Riigikantselei, lk 129
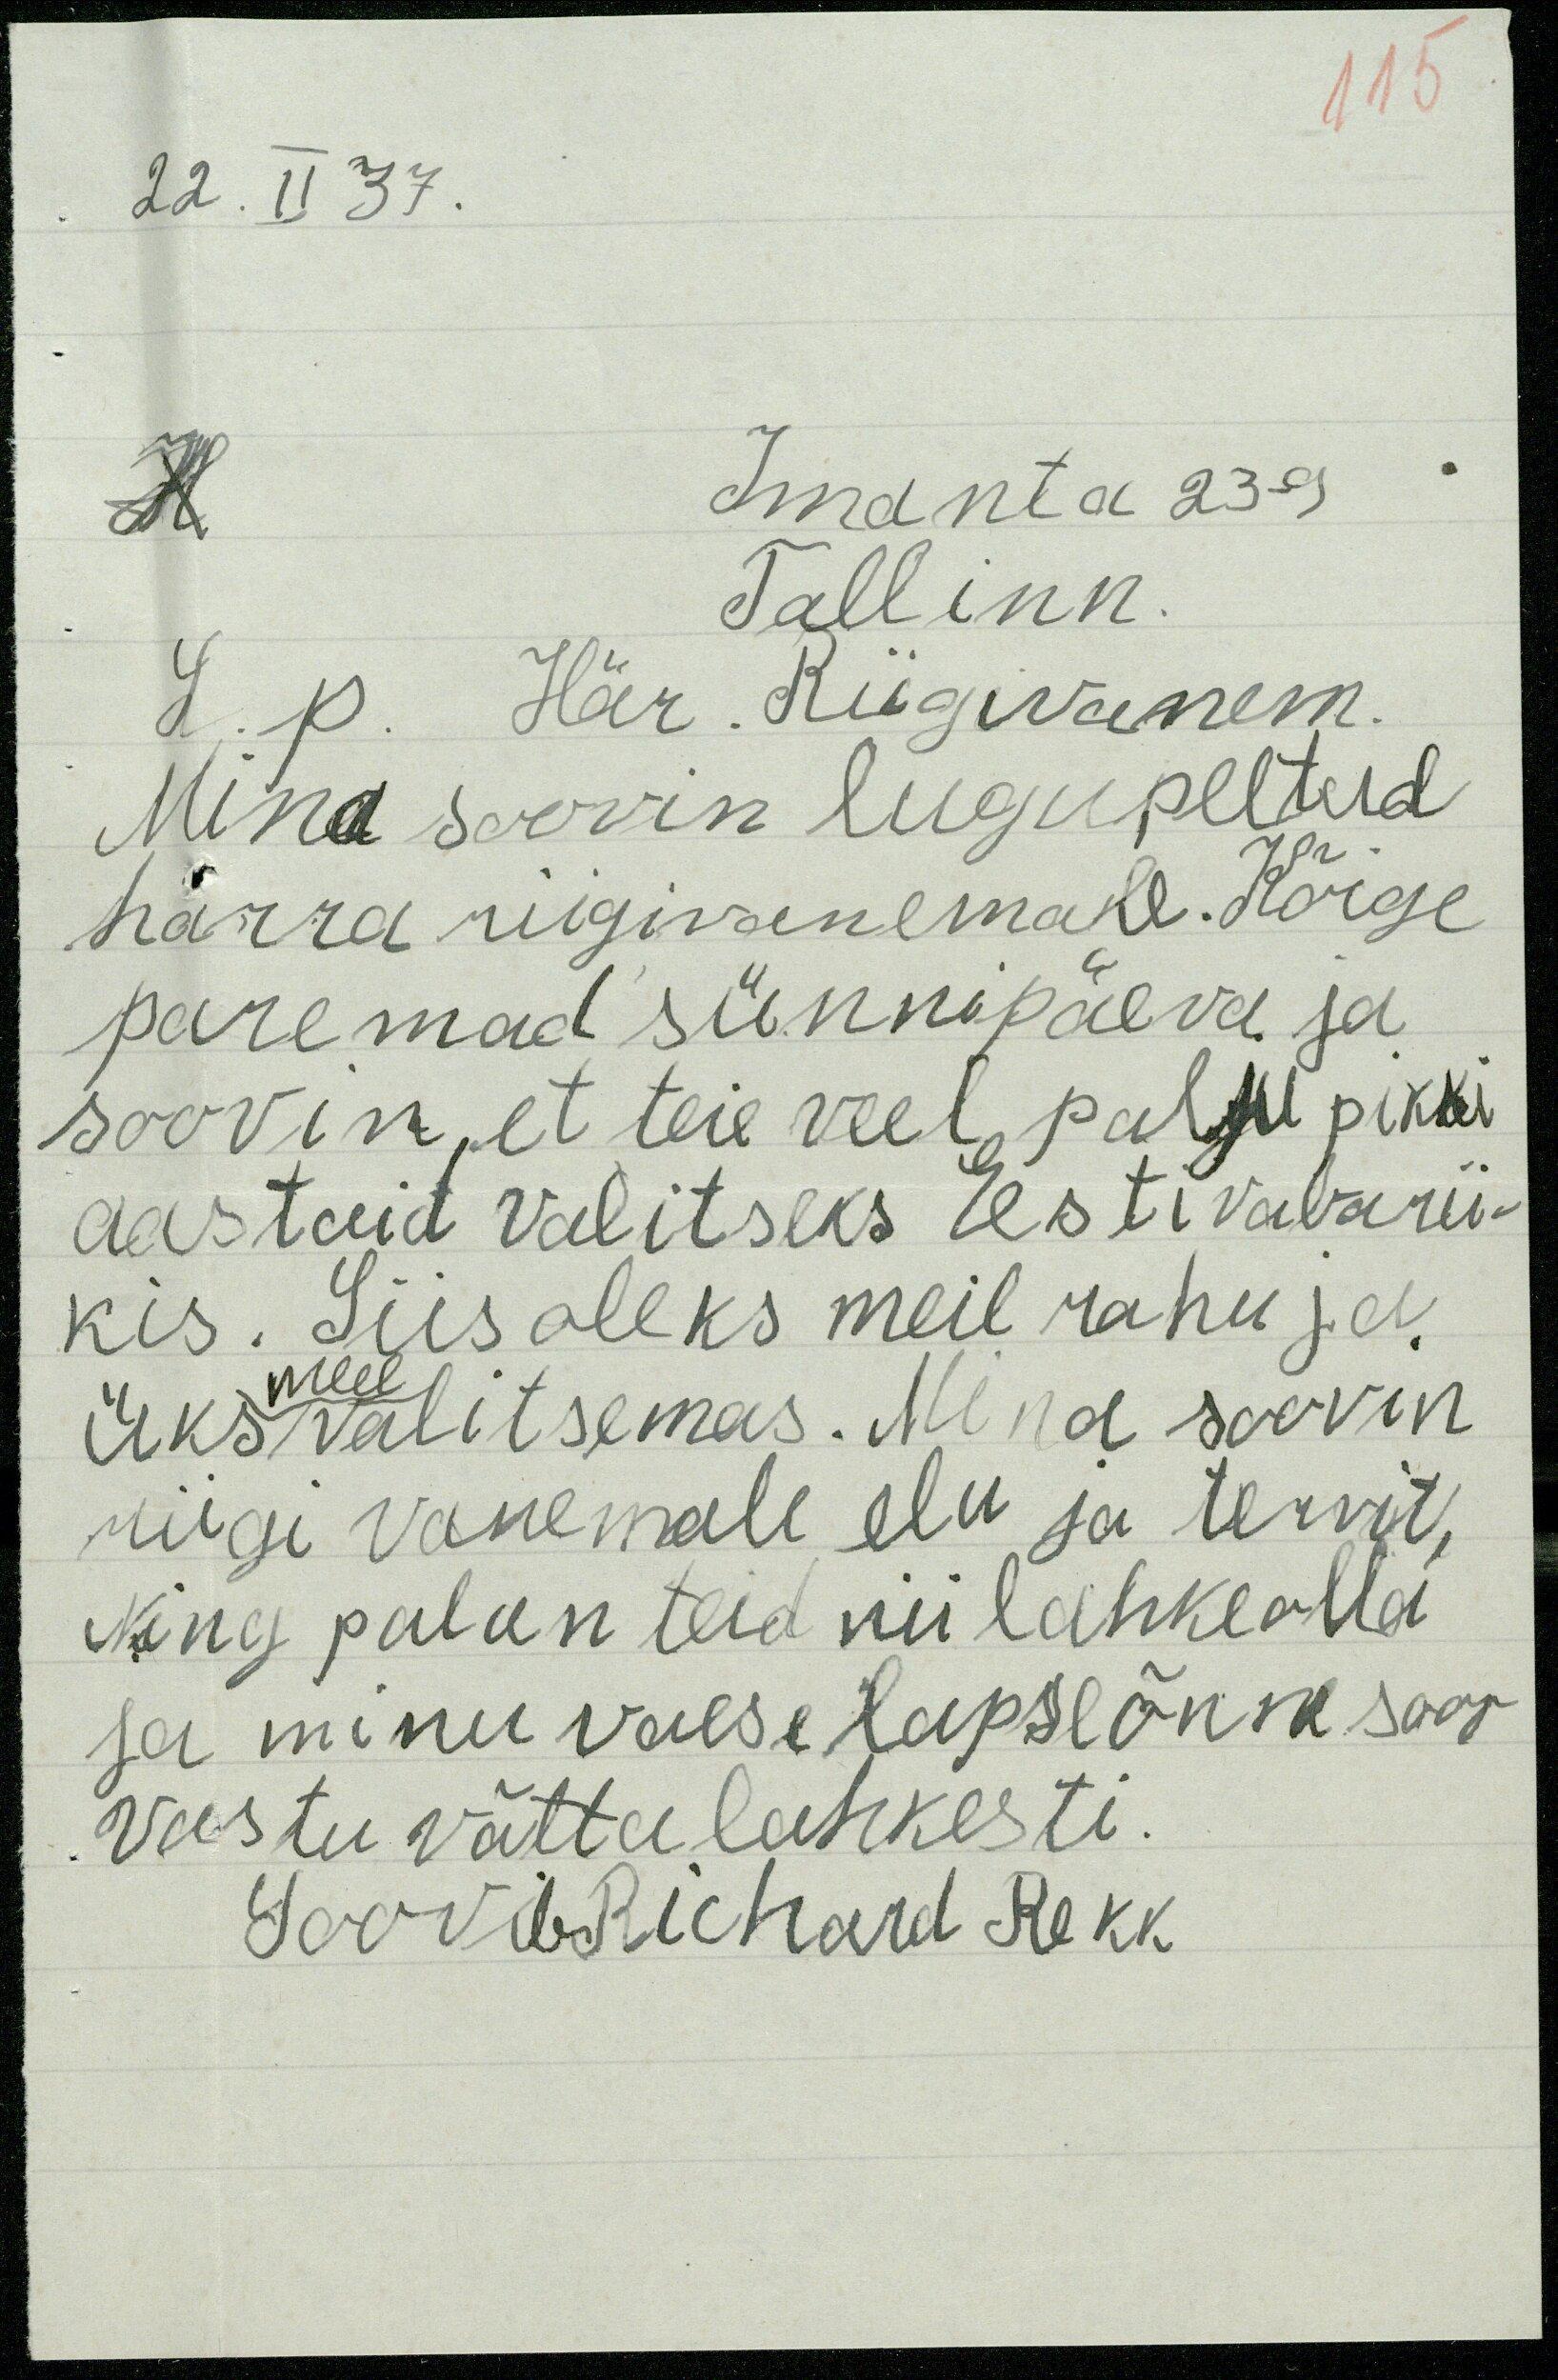
115
22. II 37.
Imanta 23-9
H
Tallinn.
L.p. Här. Riigivanem.
Mina soovin lugupeetud
härra riigivanemale. Kõige
paremad sünnipäeva ja
soovin, et teie veel palju pikki
aastaid valitseks Eesti vabarii-
kis. Siis oleks meil rahu ja
meel
üks valitsemas. Mina soovin
riigi vanemale elu ja tervit,
Ning palun teid nii lahke olla
ja minu vaese lapse õnne soov
vastu võtta lahkesti.
Soovib Richard Rekk